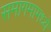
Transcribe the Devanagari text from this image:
समागमामध्ये